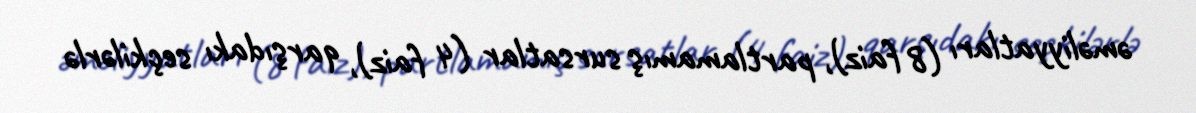
əməliyyatları (8 faiz), partlamamış sursatlar (4 faiz), qarşıdakı seçkilərlə